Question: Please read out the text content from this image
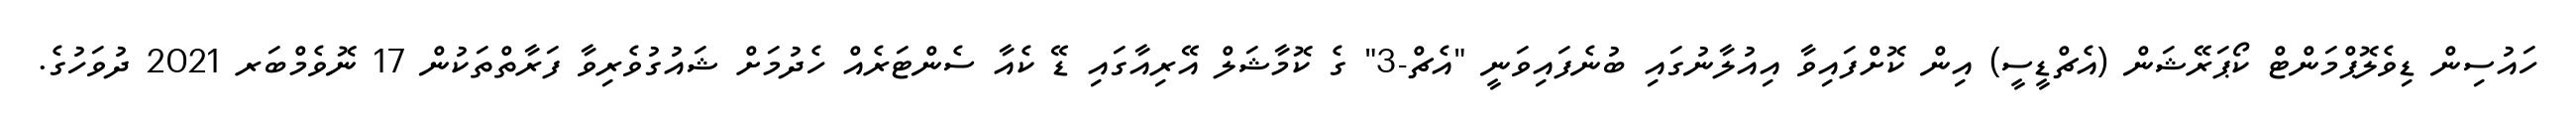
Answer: ހައުސިން ޑިވެލޮޕްމަންޓް ކޯޕަރޭޝަން (އެޗްޑީސީ) އިން ކޮށްފައިވާ އިއުލާނުގައި ބުނެފައިވަނީ "އެޗް-3" ގެ ކޮމާޝަލް އޭރިއާގައި ޑޭ ކެއާ ސެންޓަރެއް ހެދުމަށް ޝައުގުވެރިވާ ފަރާތްތަކުން 17 ނޮވެމްބަރ 2021 ދުވަހުގެ.